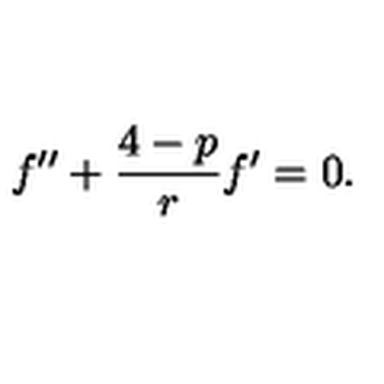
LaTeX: f ^ { \prime \prime } + \frac { 4 - p } { r } f ^ { \prime } = 0 .